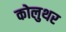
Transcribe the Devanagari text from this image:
कोलुथर